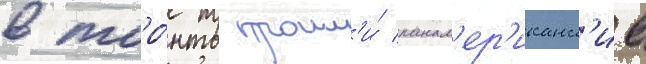
в торо́нто прошл'и́ панам'ер'иканск'ие